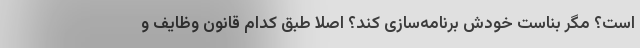
است؟ مگر بناست خودش برنامه‌سازی کند؟ اصلاً طبق کدام قانون وظایف و